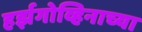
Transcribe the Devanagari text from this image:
हर्झगोव्हिनाच्या